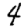
Digit: 4